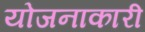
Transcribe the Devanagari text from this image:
योजनाकारी